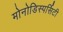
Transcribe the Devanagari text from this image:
मोनोडिस्पर्सिटी